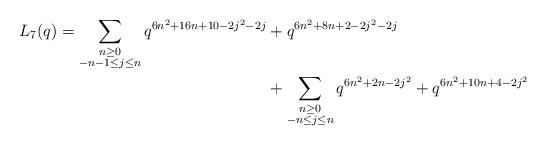
LaTeX: \begin{align*} \begin{aligned}L_{7}(q) = \sum_{\substack{n \geq 0 \\ -n-1 \leq j \leq n}} q^{6n^2 + 16n + 10 - 2j^2 - 2j} & + q^{6n^2 + 8n +2 - 2j^2 - 2j} \\& + \sum_{\substack{n \geq 0 \\ -n \leq j \leq n}} q^{6n^2 + 2n - 2j^2} + q^{6n^2 + 10n + 4 - 2j^2}\end{aligned}\end{align*}